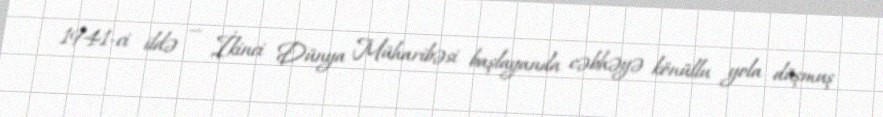
1941-ci ildə — İkinci Dünya Müharibəsi başlayanda cəbhəyə könüllu yola düşmuş